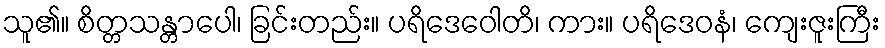
သူ၏။ စိတ္တသန္တာပေါ၊ ခြင်းတည်း။ ပရိဒေဝေါတိ၊ ကား။ ပရိဒေဝနံ၊ ကျေးဇူးကြီး